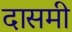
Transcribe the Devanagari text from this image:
दासमी